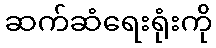
ဆက်ဆံရေးရုံးကို